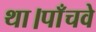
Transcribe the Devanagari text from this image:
था।पाँचवे